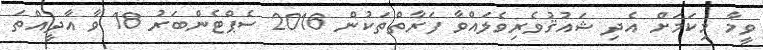
ވީމާ މިކަމަށް އެދި ޝައުޤުވެރިވެލައްވާ ފަރާތްތަކުން 2016 ސެޕްޓެންބަރު 18 ވާ އާދީއްތަ